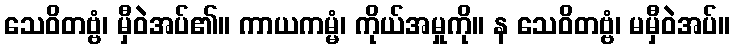
သေဝိတဗ္ဗံ၊ မှီဝဲအပ်၏။ ကာယကမ္မံ၊ ကိုယ်အမှုကို။ န သေဝိတဗ္ဗံ၊ မမှီဝဲအပ်။